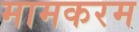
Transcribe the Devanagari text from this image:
मामकरम